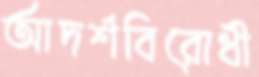
আদর্শবিরোধী